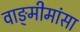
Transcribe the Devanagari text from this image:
वाङ्‍मीमांसा